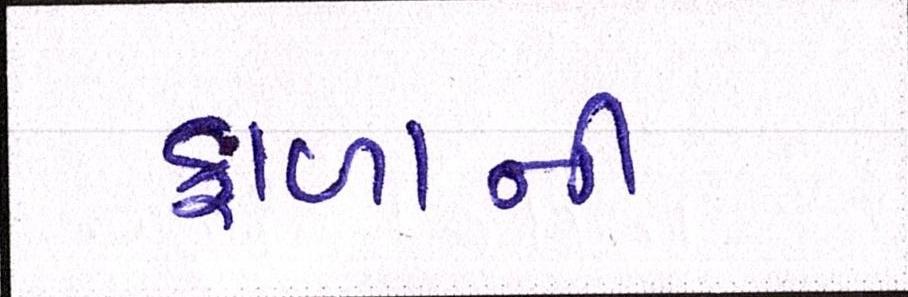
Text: ફાળાની